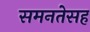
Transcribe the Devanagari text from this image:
समनतेसह